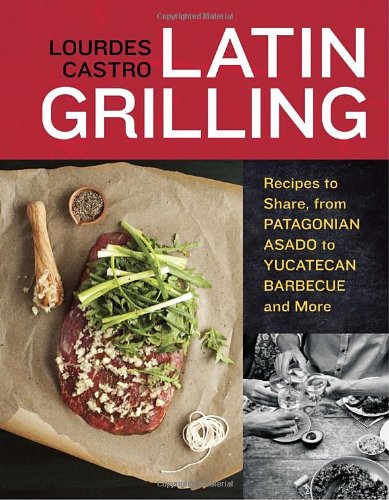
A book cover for Latin Grilling: Recipes to Share, from Patagonian Asado to Yucatecan Barbecue and More; Lourdes Castro; Cookbooks, Food & Wine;